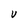
Character: V